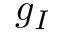
g _ { I }